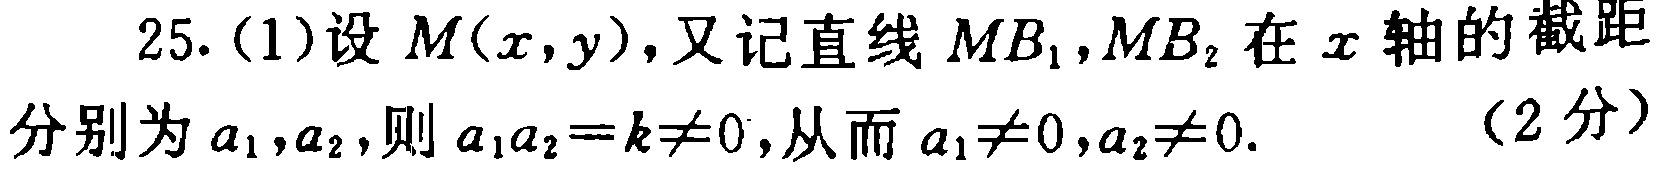
25. (1)设 \(M(x,y)\)，又记直线 \(MB_1,MB_2\) 在 \(x\) 轴的截距分别为 \(a_1,a_2\)，则 \(a_1a_2 = k\neq0\)，从而 \(a_1\neq0,a_2\neq0\). （2分）